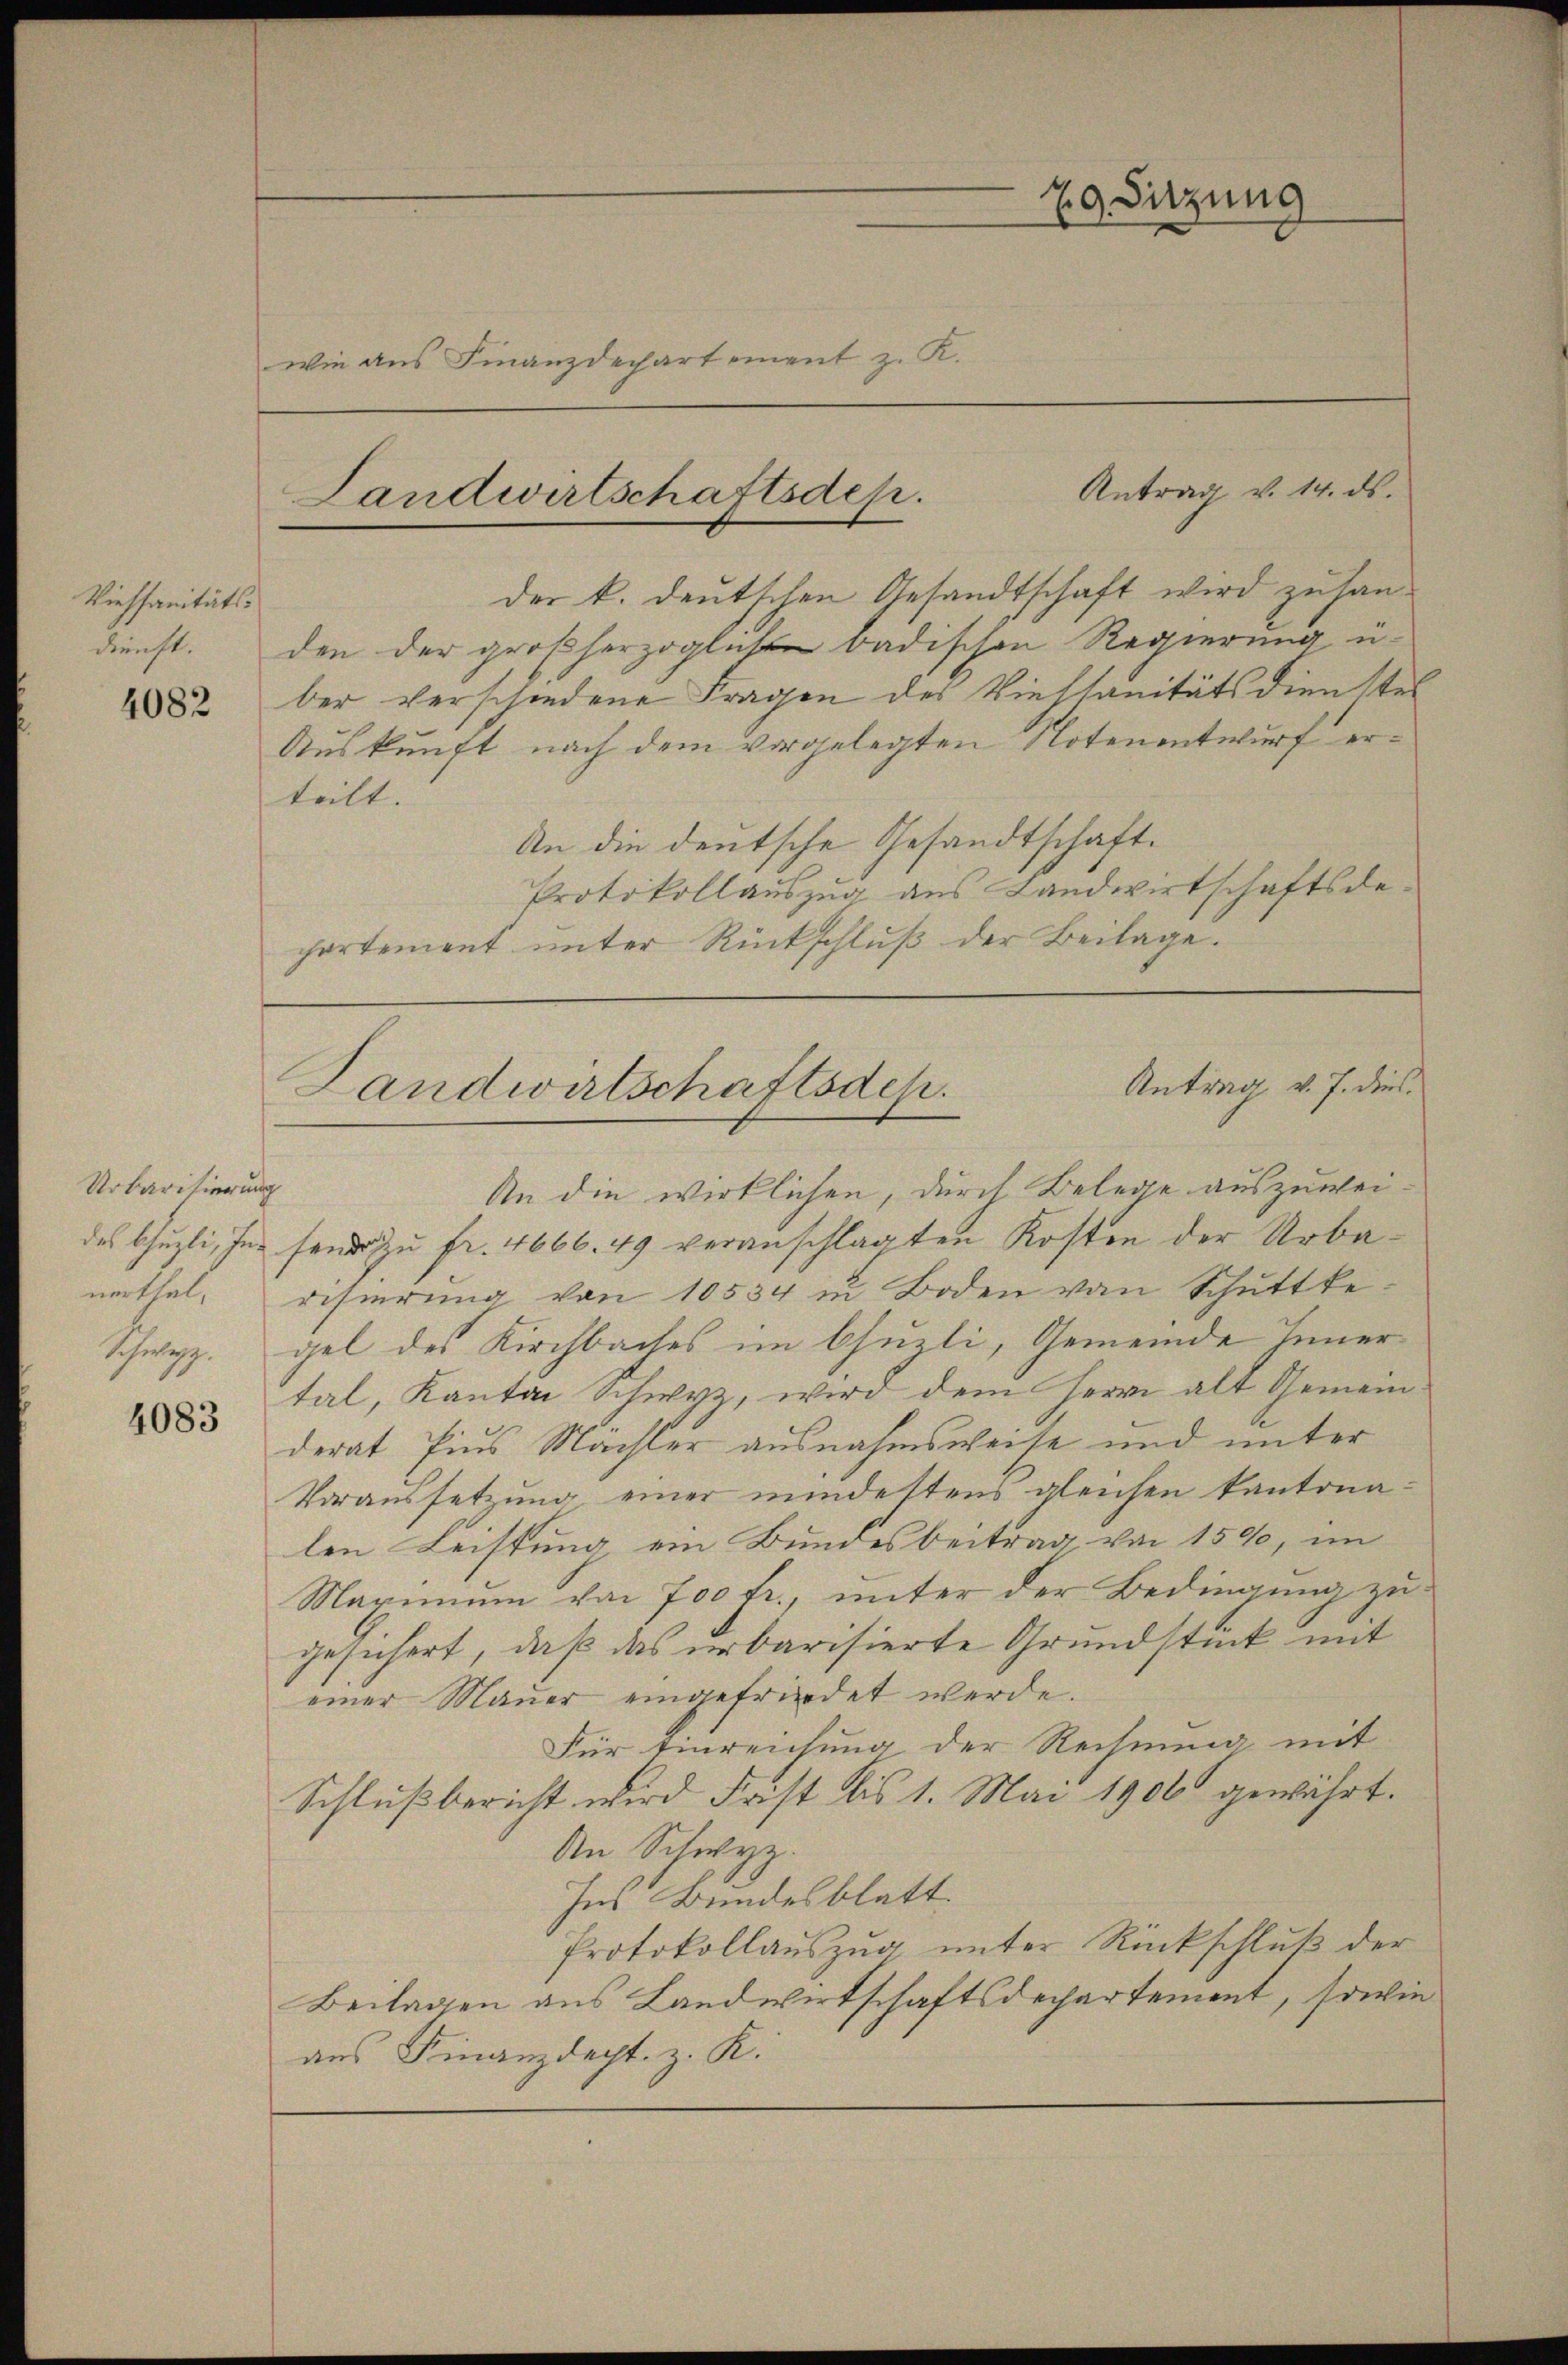
Kiessanitäts-
dienst.

4082

wie aus Finanzdechartement z. K.

Urbarisierung

4083

79 Sitzung

der k. deutschen Gesandtschaft wird zu handen der großherzoglich badischen Regierung u.
ber verschiedene Fragen des Viessanitätsdienstel
Auskunft nach dem vorgelegten Notenentwurf erteilt.
An die deutsche Gesandtschaft.
Protokollauszug aus Landwirtschaftsdepartement unter Rückschluß der Beilage.
An die wirklichen, durch Belege auszuweides Guzli, ihn fand zu fr. 4666. 49 veranschlagten Kosten der Urbanerthal, risierung von 10534 in Boden von Schuttte¬
Schwyz. gel des Kirchbaches im bhuzli, Gemeinde Innertal, Kanton Schwyz, wird dem Herrn alt Gemeinderat Pius Mächter ausnahmsweise und unter
Voraussetzung einer mindestens gleichen Kantonalen Leistung ein Bundesbeitrag von 1590, im
Maximum von 700 fr., unter der Bedingung zugesichert, daß das erbarisierte Grundstück mit
einer Mauer eingefriedet werde.
Für Einreichung der Rechnung mit
Schlußbericht wird Frist bis 1. Mai 1900 gewährt.
An Schwyz.
Ins Bundesblatt.
Protokollaŭszŭg ŭnter Rückschlŭβ der
Beilagen aus Landwirtschaftsdepartement, sowie
aus Finanzdecht, z. K.

Antrag v. 14. ds.
Landwirtschaftsdep.

Antrag v. J. dies
Landwirtschaftsdep